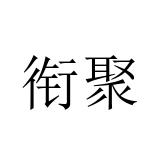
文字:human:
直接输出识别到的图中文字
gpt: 衔聚